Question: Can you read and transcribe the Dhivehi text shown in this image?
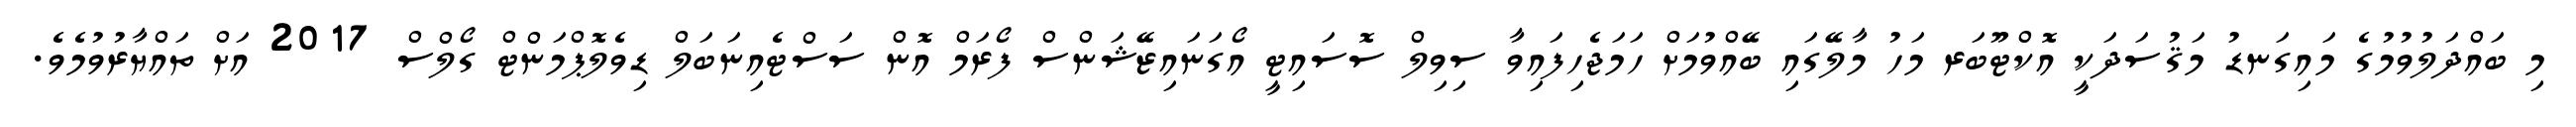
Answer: މި ބައްދަލުވުމުގެ މައިގަނޑު މަޤުސަދަކީ އޮކްޓޫބަރ މަހު މާލޭގައި ބޭއްވުމަށް ހަމަޖެހިފައިވާ ސިވިލް ސޮސައިޓީ އޯގަނައިޒޭޝަންސް ފޯރަމް އޮން ސަސްޓެއިނަބަލް ޑިވެލޮޕްމަންޓް ގޯލްސް 2017 އަށް ތައްޔާރުވުމެވެ.